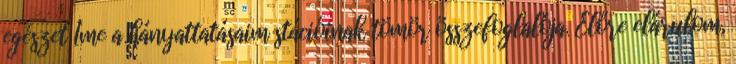
egészet Íme a hányattatásaim stációinak tömör összefoglalója. Előre elárulom,